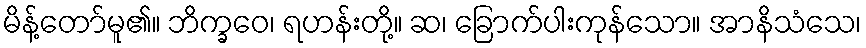
မိန့်တော်မူ၏။ ဘိက္ခဝေ၊ ရဟန်းတို့။ ဆ၊ ခြောက်ပါးကုန်သော။ အာနိသံသေ၊